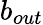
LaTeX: b_{out}